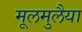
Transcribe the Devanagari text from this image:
मूलमुलैया